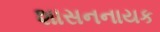
શાસનનાયક